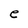
Character: e